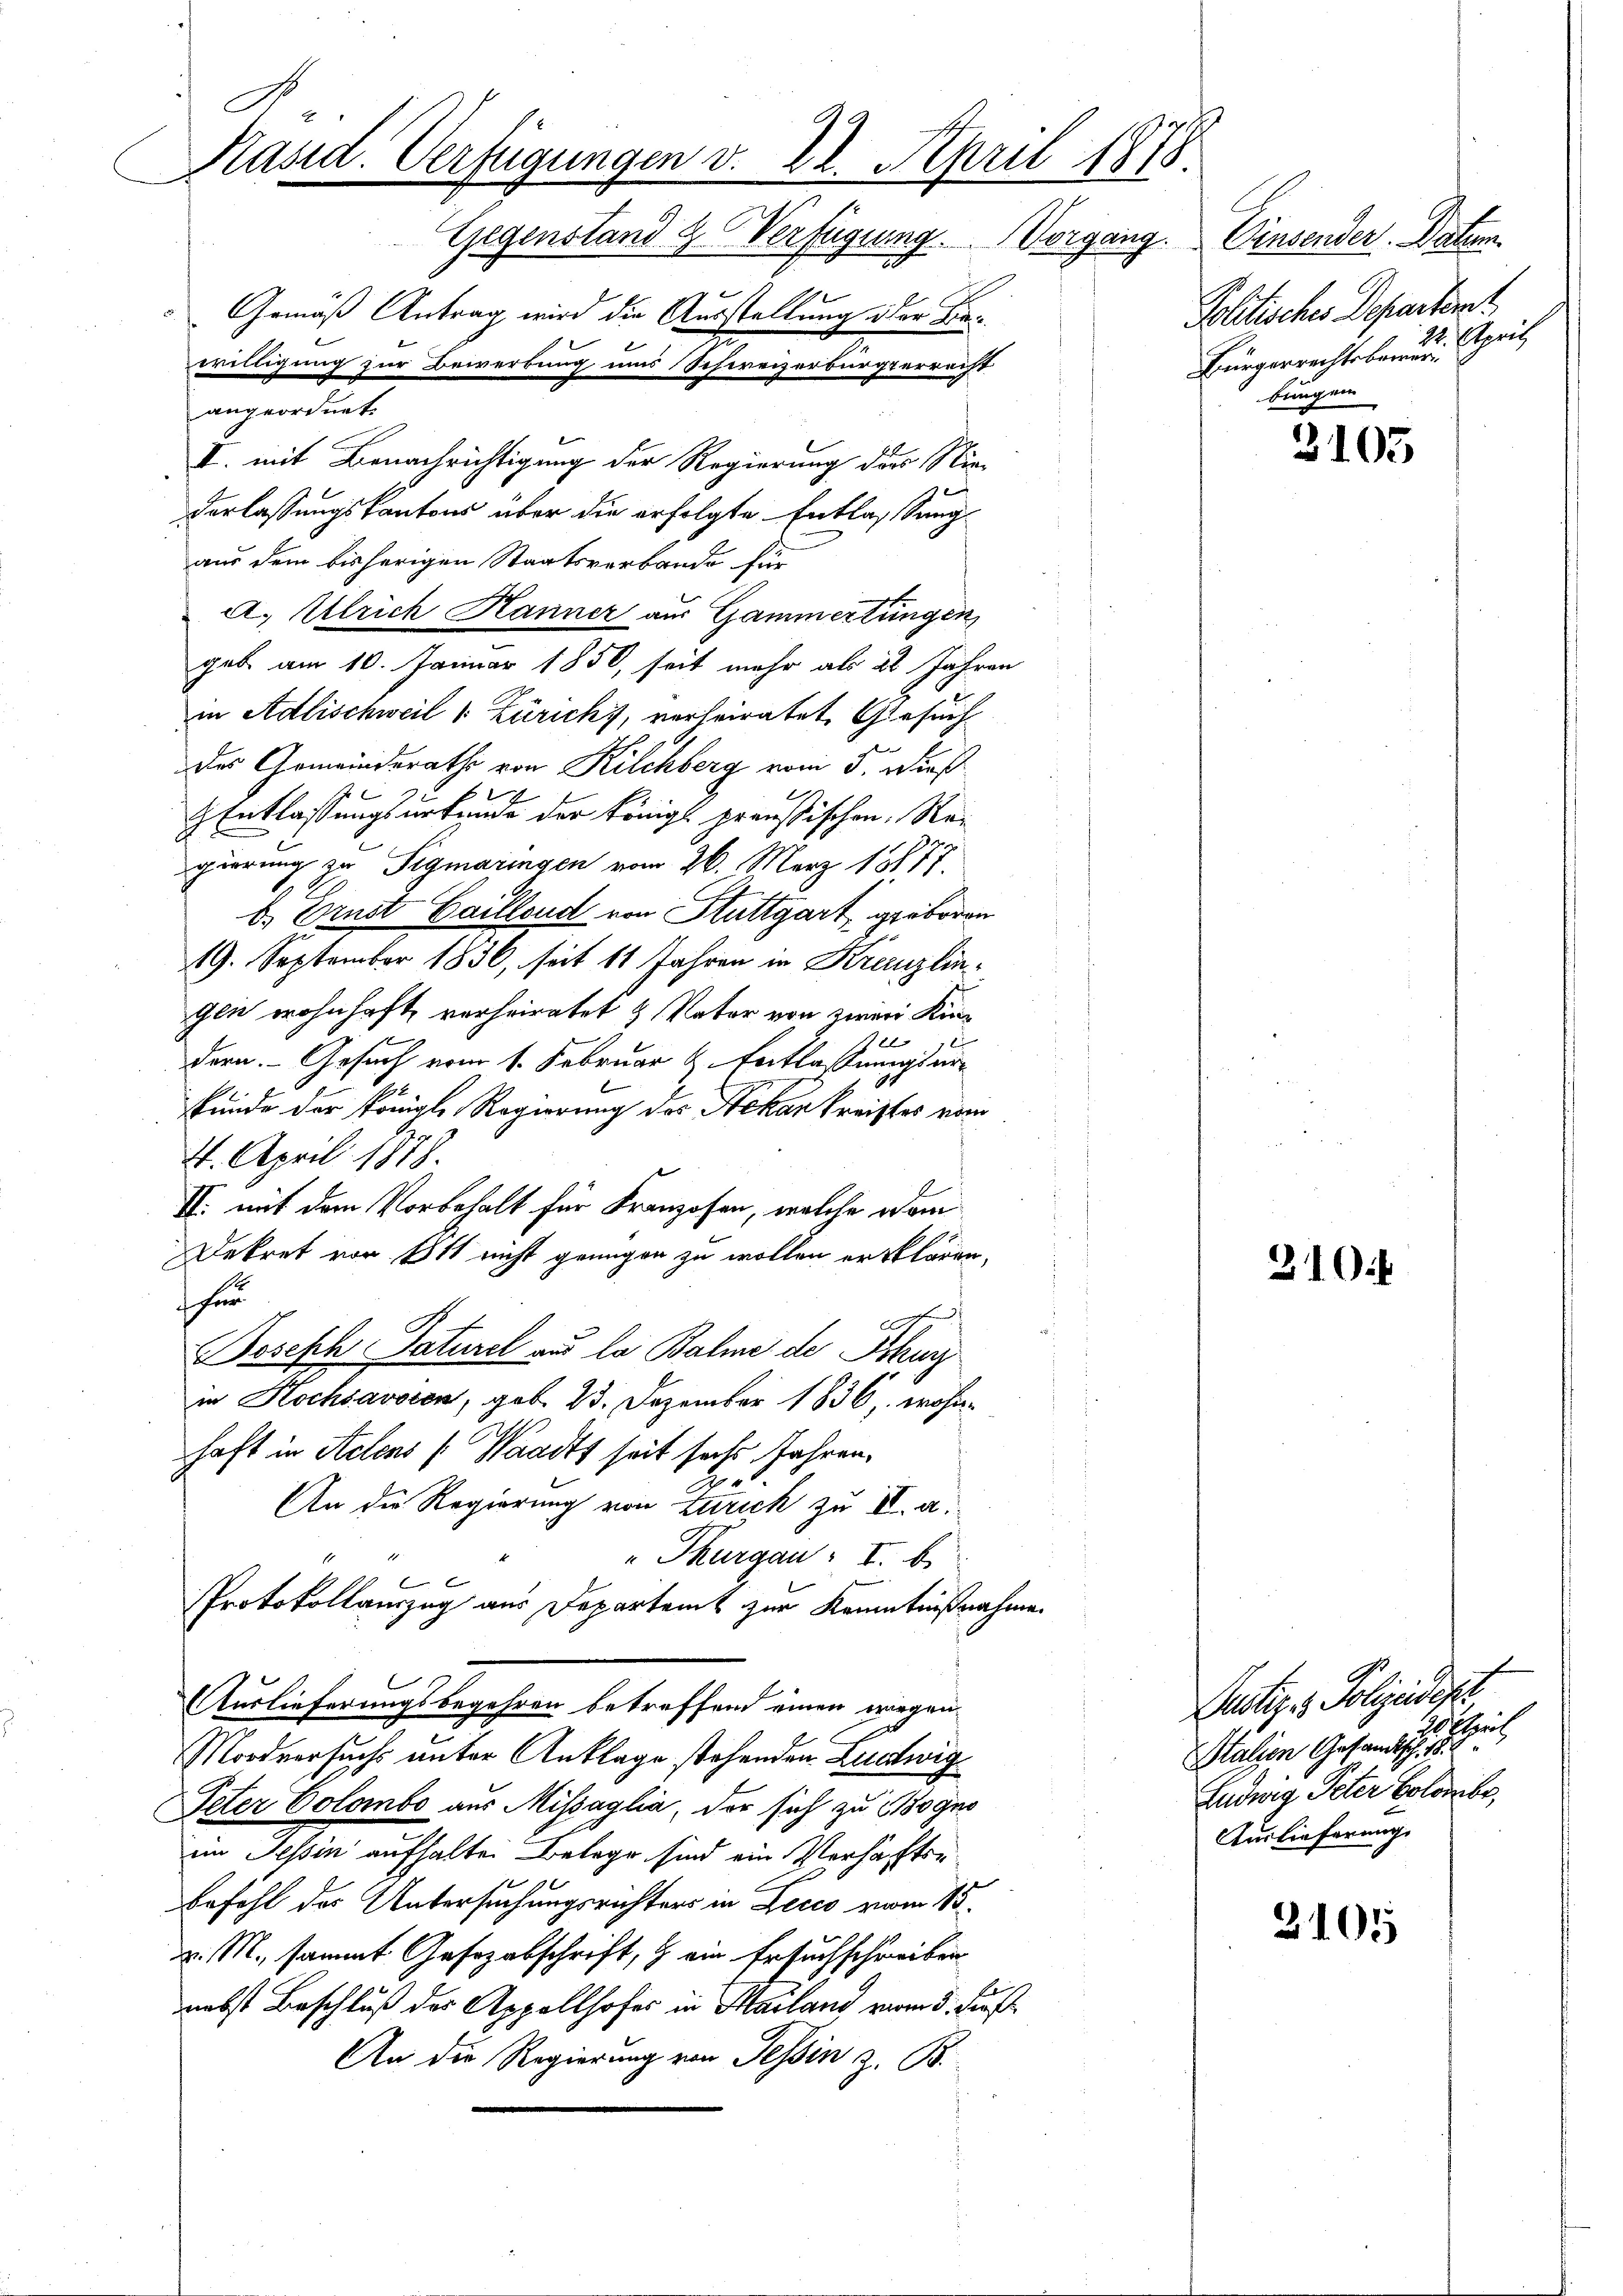
G
Kasid. Verfügungen v. 22. April 1878
Gegenstand & Verfügung. Vorgang.
Politisches Departent
Gemäß Antrag wird die Ausstellung der Be¬
Bürgerrechtsbarer.
welligung zur Bewerbung uns Schweizerbürgerrecht
bungen
angeordnet.
3105
I. mit Benachrichtigung der Regierung dass Nie¬

derlassungskantons über die erfolgte Entlassung
aus dem bisherigen Staatsverbande für
a. Ulrich Hanner aus Gammertungen,
geb. am 10. Januar 1850, seit mehr als 2t Jahren
in Adlischweil v. Zürich, verheiratet, Gesuch
des Gemeinderaths von Kilchberg vom 5. Dieß
.
 Entlassungsurkunde der Königl preußischen Re-
gierung zu Sigmaringen vom 26. März 18877.
b. Ernst Cailloud von Stuttgart, geboren
19. September 1836, seit 11 Jahren in Kreuzlingen wohnhaft verheiratet & Vater von zwei Kin¬
2
dern. Gesuch vom 1. Februar & Entlassungsur
kunde der Königl. Regierung des Nekarkreistes vom
4. April 1878.
II. mit dem Vorbehalt für Franzosen, welche dem
Dekret von Est nicht genügen zu wollen erklären,
her
2
Joseph Saturel aus la Balme de Thurg
in Hochsavoren, geb. 23. Dezember 1836, wohnhaft in Actens (Waadt seit sechs Jahren.
An die Regierung von Zürich zu II. a.
" Thurgau: I. b
Protokollauszug aus Departamt zur Kenntnißnahme
Auslieferungsbegehren betreffend einen vorgen
Mordversuchs unter Anklage stehenden Ludwig
Peter Colombo aus Missaglia, der sich zu Gogno
im Tessin aufhalten Belege sind ein Verhaften
Befehl der Untersuchungsrichters in Zecco vom 15.
v. M., sammt Gesezabschrift,  ein Ersuchschreiben
nebst Beschluß des Appellhofes in Mailand vom 5. Fuß.
An die Regierung von Tessin z. B.

Einsender Datum
22. April

31014

e
Justiz- & Polizeidigt
rt
Stalien Gesandtsch,
Ludwig Peter Bolombe,
Auslieferung.

3101